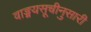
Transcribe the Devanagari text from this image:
वाङ्मयसूचीनुसारी